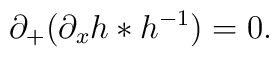
\partial_{+}(\partial_{x}h*h^{-1})=0.